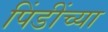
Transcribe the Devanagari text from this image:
पिंडींच्या